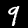
Label: 9